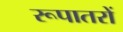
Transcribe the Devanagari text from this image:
रूपातरों